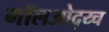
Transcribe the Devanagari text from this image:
मॉलओद्य्च